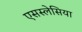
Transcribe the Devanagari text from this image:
एसस्लेसिया